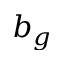
b _ { g }